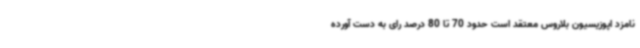
نامزد اپوزیسیون بلاروس معتقد است حدود 70 تا 80 درصد رای به دست آورده